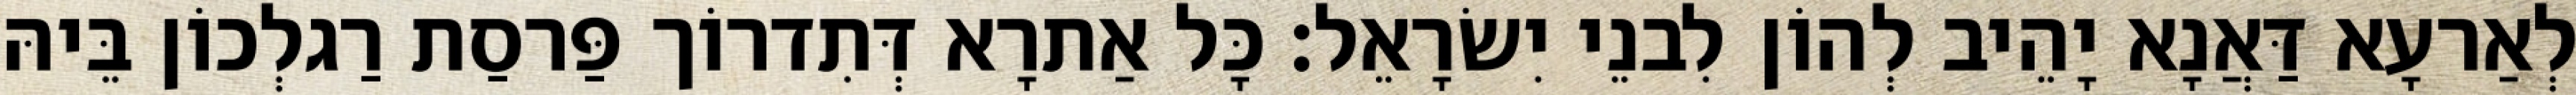
לְאַרעָא דַּאֲנָא יָהֵיב לְהוֹן לִבנֵי יִשׂרָאֵל׃ כָּל אַתרָא דְּתִדרוֹך פַּרסַת רַגלְכוֹן בֵּיהּ